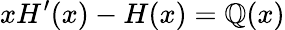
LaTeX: x{H}^{\prime}(x)-{H}(x)={\mathbb{Q}}(x)